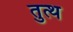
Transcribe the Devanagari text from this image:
तुत्थ